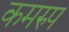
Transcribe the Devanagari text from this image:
कमरुप